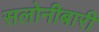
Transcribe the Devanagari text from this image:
सलोनीबारी